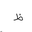
Letter: _za